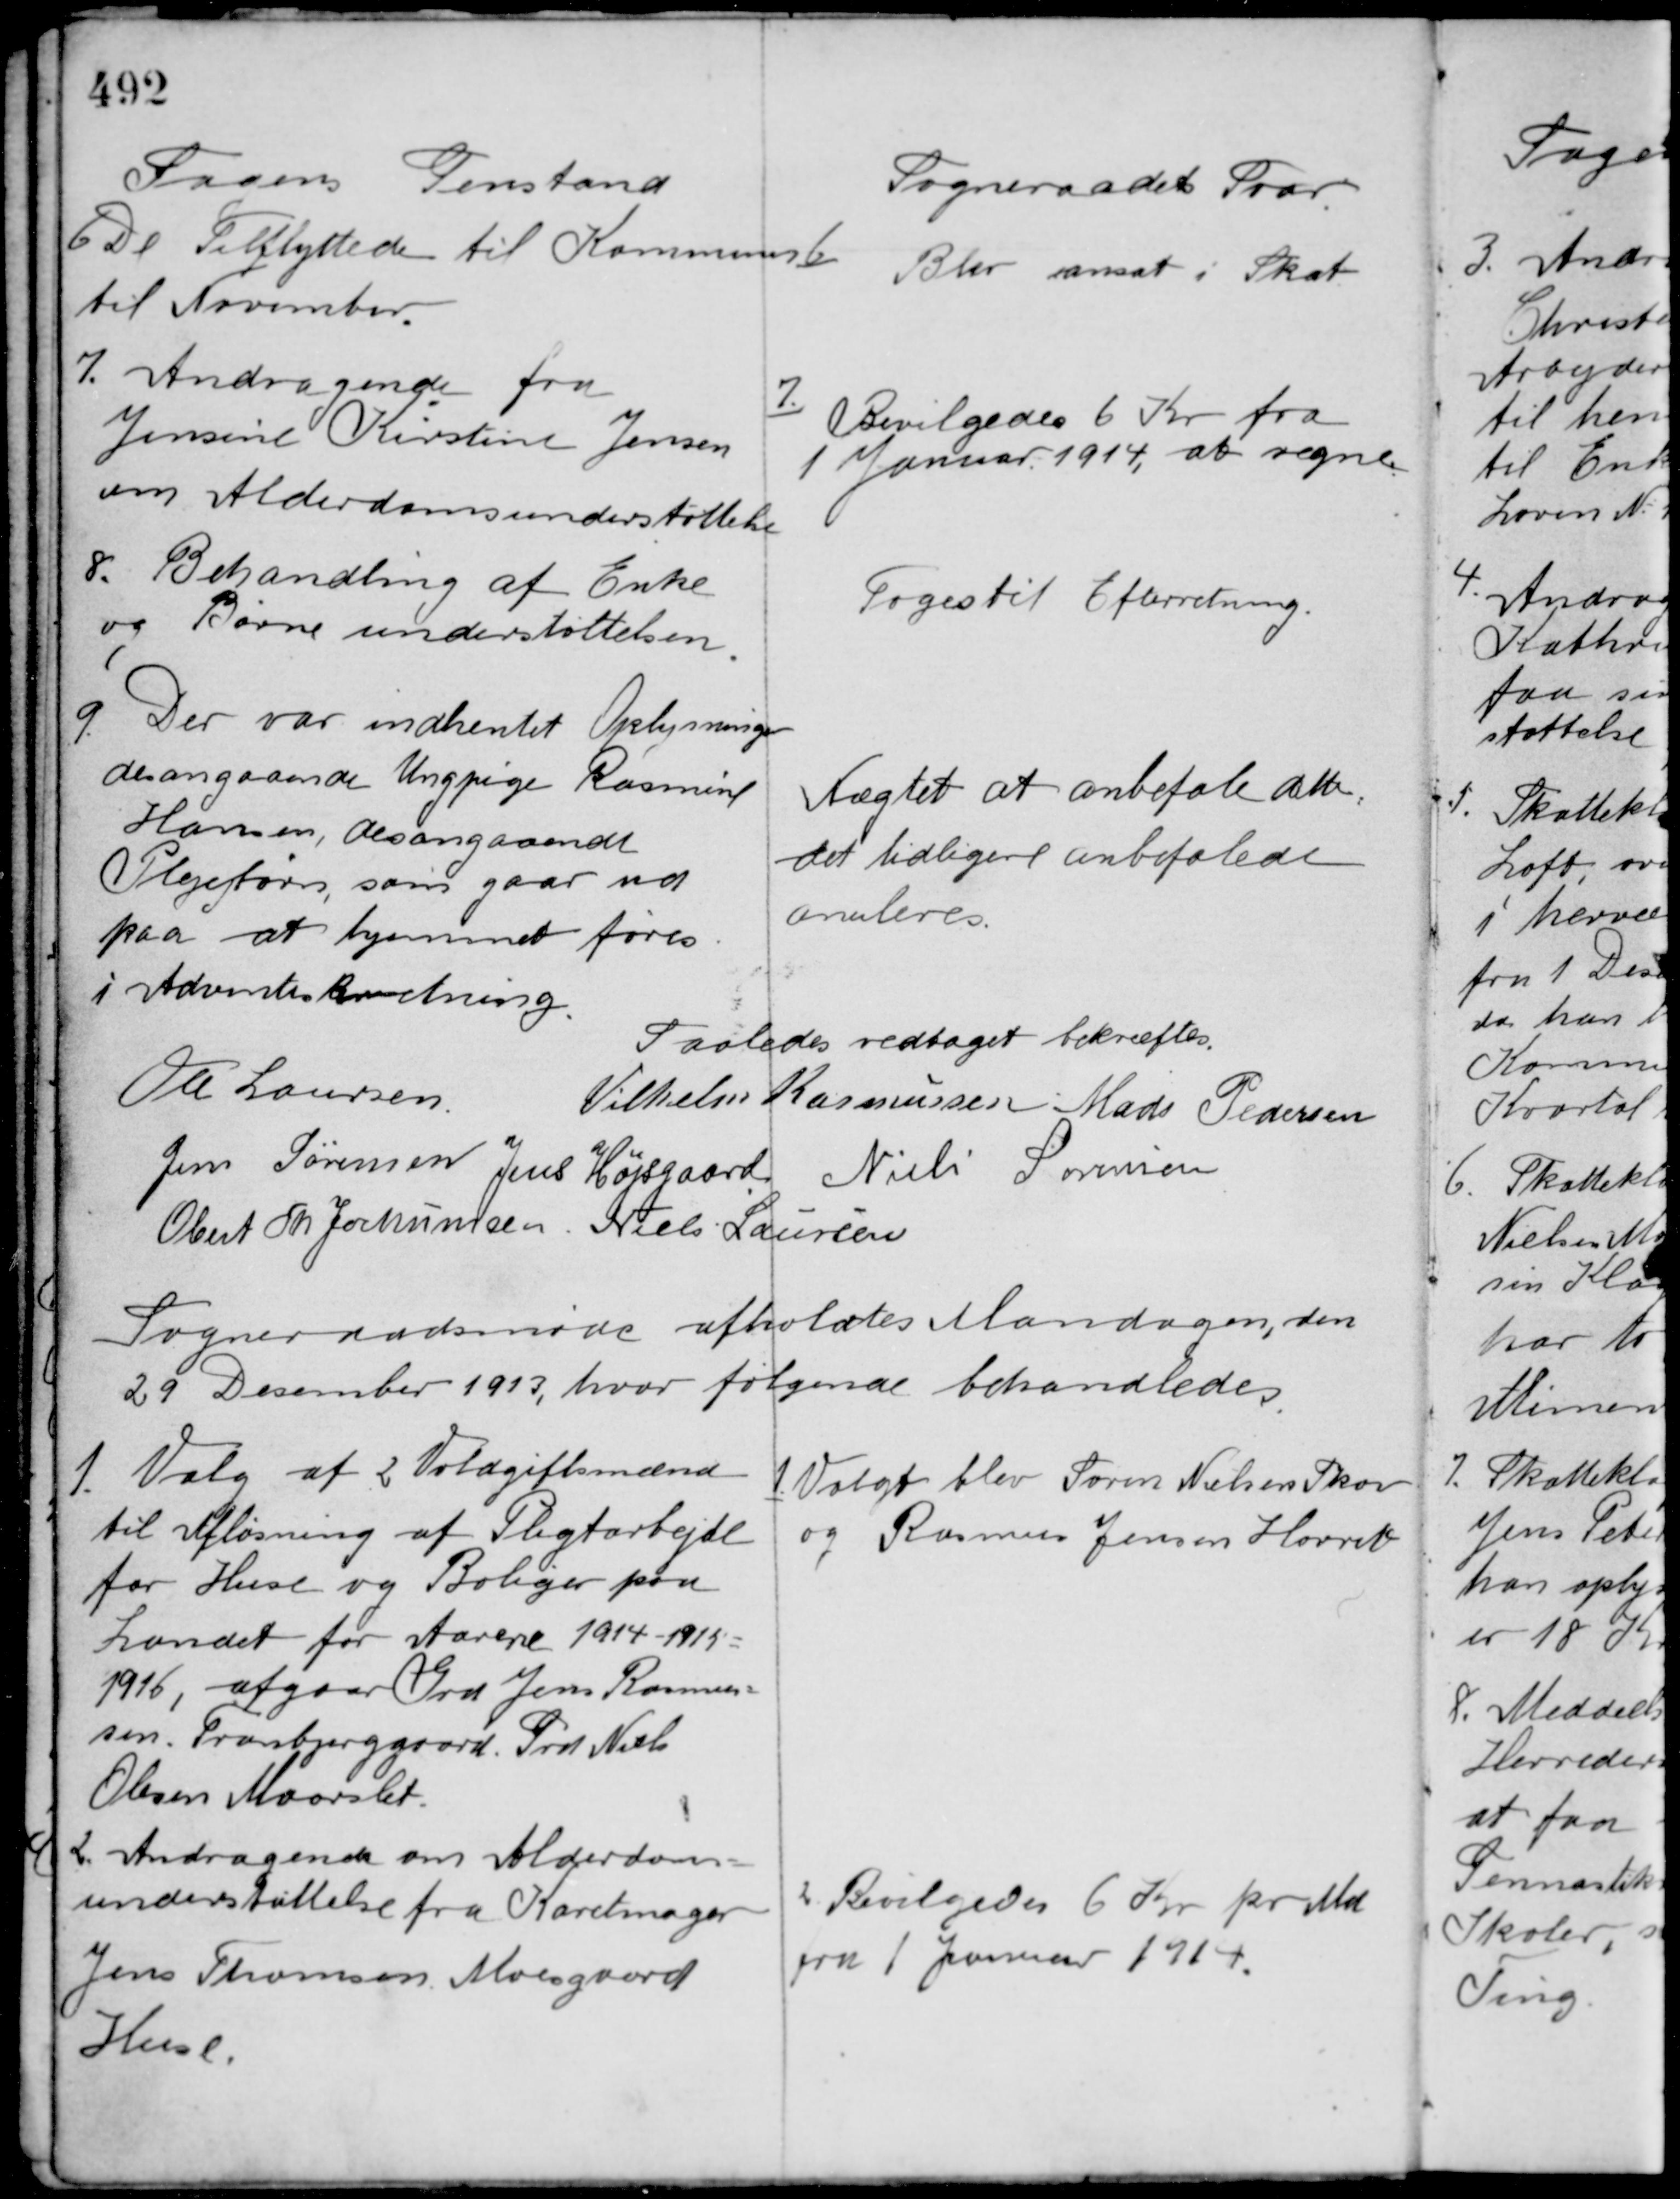
Transskription:
Sagens Genstand

Sogneraadets Svar

6 De Tilflyttede til Kommunen
til November.

6 Blev ansat i Skat

7. Andragende fra
Jensine Kirstine Jensen
om Alderdomsunderstøttelse

7. Bevilgedes 6 Kr. fra
1 Januar 1914 at regne.

8. Behandling af Enke
og Børne understøttelsen.

Toges til Efterretning

9. Der var indhentet Oplysninger
desangaaende Ungpige Rasmine
Hansen, desangaaende
Plejebørn, som gaar ud
paa at hjemmet føres.
i Adventes beretning.

Nægtet at anbefale dette,
det tidligere anbefalede
anuleres.

Saaledes vedtaget bekræftes
Ole Laursen
Vilhelm Rasmussen Mads Pedersen
Jens Sørensen Jens Højsgaard Niels Sørensen
Obert Th. Jochumsen Niels Laursen

Sogneraadsmøde afholdtes Mandagen, den
29 December 1913, hvor følgende behandledes

1. Valg af 2 Voldgiftsmænd
til Afløsning af Pligtarbejde
for Huse og Boliger paa
Landet for Aarene 1914-1915-
1916, afgaar Grd. Jens Rasmus-
sen Tranbjerggaard Grd. Niels
Olesen Maarslet.

1. Valgt blev Søren Nielsen Skov
og Rasmus Jensen Hørret.

2. Andragende om Alderdoms-
understøttelse fra Karetmager
Jens Thomsen Moesgaard
Huse.

2. Bevilgedes 6 Kr. pr. Md
fra 1 Januar 1914.